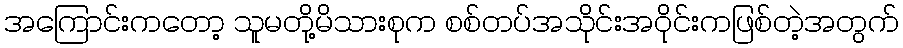
အကြောင်းကတော့ သူမတို့မိသားစုက စစ်တပ်အသိုင်းအဝိုင်းကဖြစ်တဲ့အတွက်